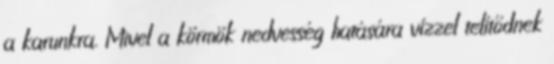
a karunkra. Mivel a körmök nedvesség hatására vízzel telítődnek